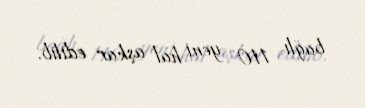
bağlı 110 yeni hal aşkar edilib.